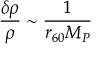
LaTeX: { \frac { \delta \rho } { \rho } } \sim { \frac { 1 } { r _ { 6 0 } M _ { P } } }